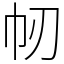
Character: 㠴